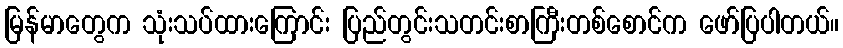
မြန်မာတွေက သုံးသပ်ထားကြောင်း ပြည်တွင်းသတင်းစာကြီးတစ်စောင်က ဖော်ပြပါတယ်။